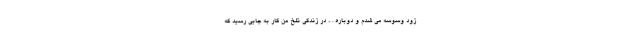
زود وسوسه می شدم و دوباره . .. در زندگی تلخ من کار به جایی رسید که